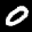
Label: 0